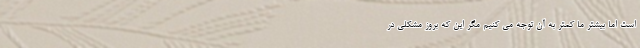
است اما بیشتر ما کمتر به آن توجه می کنیم مگر این که بروز مشکلی در